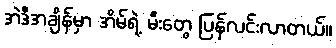
အဲဒီအချိန်မှာ အိမ်ရဲ့ မီးတွေ ပြန်လင်းလာတယ်။